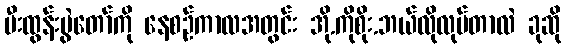
မီးထွန်းပွဲတော်ကို နေစဉ်ကာလအတွင်း အို.ကိုစိုး.ဘယ်လိုလုပ်တာလဲ ခုဆို